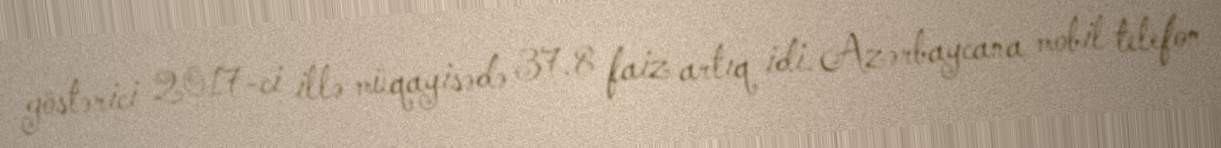
göstərici 2017-ci illə müqayisədə 37.8 faiz artıq idi. Azərbaycana mobil telefon